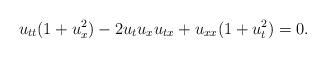
LaTeX: \begin{align*}u_{tt}(1+u_x^2)-2u_tu_xu_{tx}+u_{xx}(1+u_t^2)=0.\end{align*}